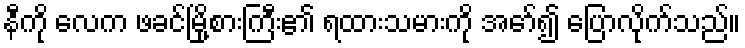
နီကို လေက ဖခင်မြို့စားကြီး၏ ရထားသမားကို အော်၍ ပြောလိုက်သည်။